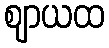
ဈာယထ